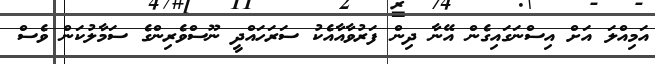
އަމިއްލަ އަށް އިސްނަގައިގެން އޭނާ ދިން ފަރުވާއާއެކު ސަރަހައްދީ ނޫސްވެރިންގެ ސަމާލުކަން ވެސް